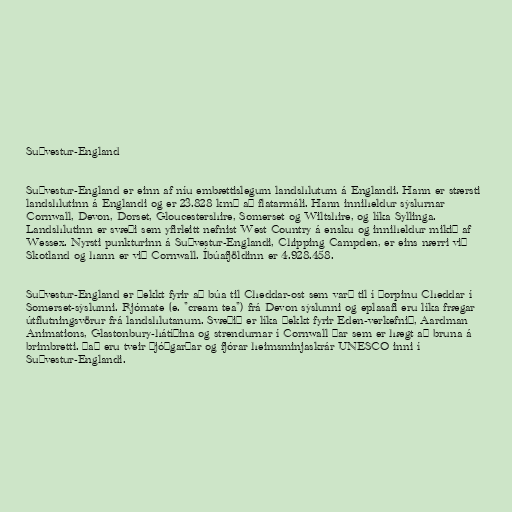
Suðvestur-England

Suðvestur-England er einn af níu embættislegum landshlutum á Englandi. Hann er stærsti
landshlutinn á Englandi og er 23.828 km² að flatarmáli. Hann inniheldur sýslurnar
Cornwall, Devon, Dorset, Gloucestershire, Somerset og Wiltshire, og líka Syllinga.
Landshlutinn er svæði sem yfirleitt nefnist West Country á ensku og inniheldur mikið af
Wessex. Nyrsti punkturinn á Suðvestur-Englandi, Chipping Campden, er eins nærri við
Skotland og hann er við Cornwall. Íbúafjöldinn er 4.928.458.

Suðvestur-England er þekkt fyrir að búa til Cheddar-ost sem varð til í þorpinu Cheddar í
Somerset-sýslunni. Rjómate (e. "cream tea") frá Devon sýslunni og eplasafi eru líka frægar
útflutningsvörur frá landshlutanum. Svæðið er líka þekkt fyrir Eden-verkefnið, Aardman
Animations, Glastonbury-hátíðina og strendurnar í Cornwall þar sem er hægt að bruna á
brimbretti. Það eru tveir þjóðgarðar og fjórar heimsminjaskrár UNESCO inni í
Suðvestur-Englandi.